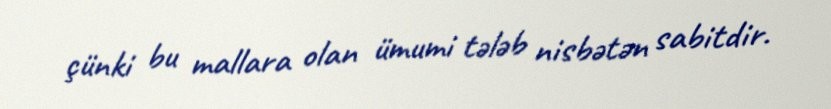
çünki bu mallara olan ümumi tələb nisbətən sabitdir.